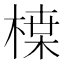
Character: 𭫏